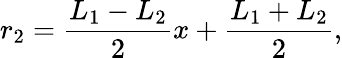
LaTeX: r_{2}=\frac{L_{1}-L_{2}}{2}x+\frac{L_{1}+L_{2}}{2},